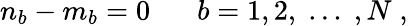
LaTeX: n_{b}-m_{b}=0\; \; \; \; \; \; b=1,2,\; ...\; ,N\; ,